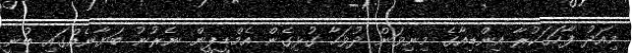
މިއަދު ފާހަގަކުރާ އިންޑިއާގެ މިނިވަން ދުވަހާ ގުޅިގެން އެމްޑީޕީން ނެރުނު ބަޔާނެއްގައި ބުނީ